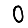
Digit: 0